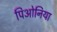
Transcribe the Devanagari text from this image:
पिओनिया